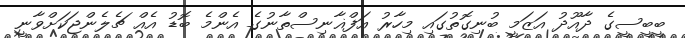
ބީބީސީގެ ދާއޫދު އަޒަމީ ބުނިގޮތުގައި މިހާރު އަފްޣާނިސްތާނުގެ އެންމެ ބޮޑު އެއް ޗެލެންޖަކަށްވާނީ